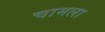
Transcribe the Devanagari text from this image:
चामला